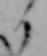
る